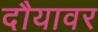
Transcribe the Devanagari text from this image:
दौयावर